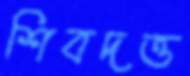
শিবদত্ত